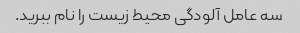
سه عامل آلودگی محیط زیست را نام ببرید.